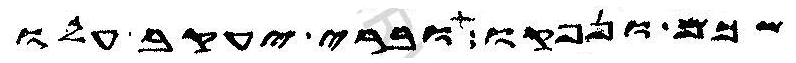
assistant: שכם ונפקו וברי יעקב עלו